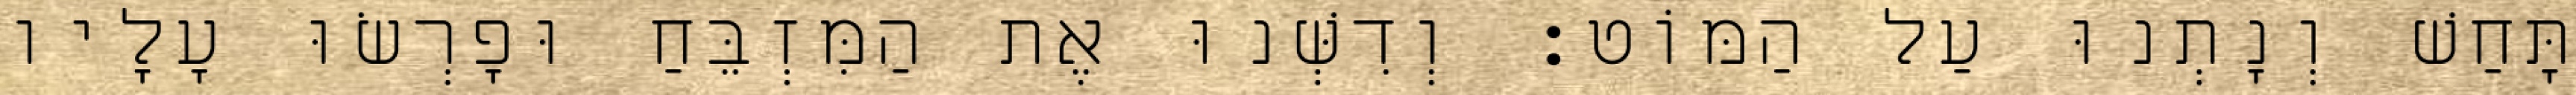
תָּחַשׁ וְנָתְנוּ עַל הַמּוֹט׃ וְדִשְּׁנוּ אֶת הַמִּזְבֵּחַ וּפָרְשׂוּ עָלָיו